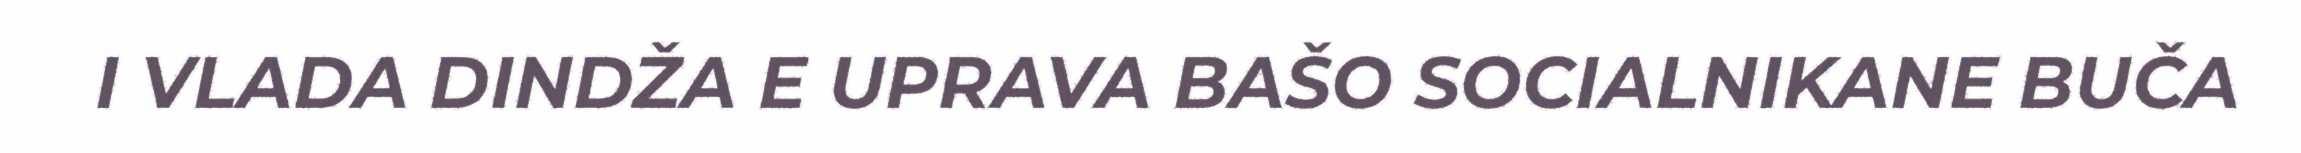
I VLADA DINDŽA E UPRAVA BAŠO SOCIALNIKANE BUČA